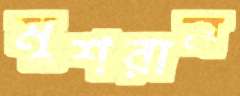
মুশরান